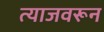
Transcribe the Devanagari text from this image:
त्याजवरून